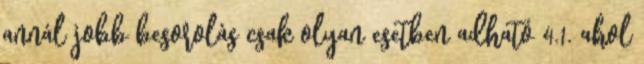
annál jobb besorolás csak olyan esetben adható 4.1. ahol